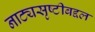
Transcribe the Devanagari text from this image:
नाट्यसृष्टीबद्दल